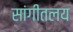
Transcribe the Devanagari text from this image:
सांगीतलय